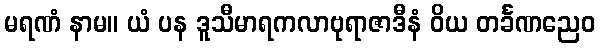
မရဏံ နာမ။ ယံ ပန ဒူသီမာရကလာဗုရာဇာဒီနံ ဝိယ တင်္ခဏညေဝ